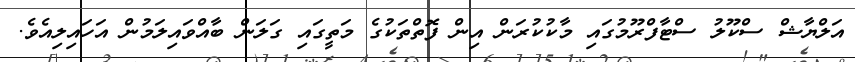
އަލްޔާޝް ސްކޫލު ސްޓާފްރޫމުގައި މާކުކުރަން އިން ފޮތްތަކުގެ މަތީގައި ގަލަން ބާއްވައިލަމުން އަހައިލިއެވެ.